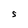
Character: S